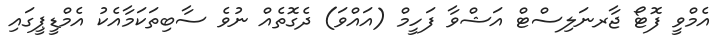
އެމްވީ ފޮޓޯ ޖާރނަލިސްޓް އަޝްވާ ފަހީމް (އައްވަ) ދެގޮތެއް ނުވެ ސާބިތަކަމާއެކު އެމްޑީޕީގައި